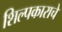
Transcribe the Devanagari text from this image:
शिल्पकाराचे